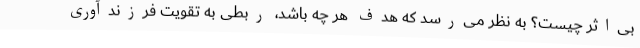
بی‌اثر چیست؟ به نظر می‌رسد که هدف هر چه باشد، ربطی به تقویت فرزندآوری